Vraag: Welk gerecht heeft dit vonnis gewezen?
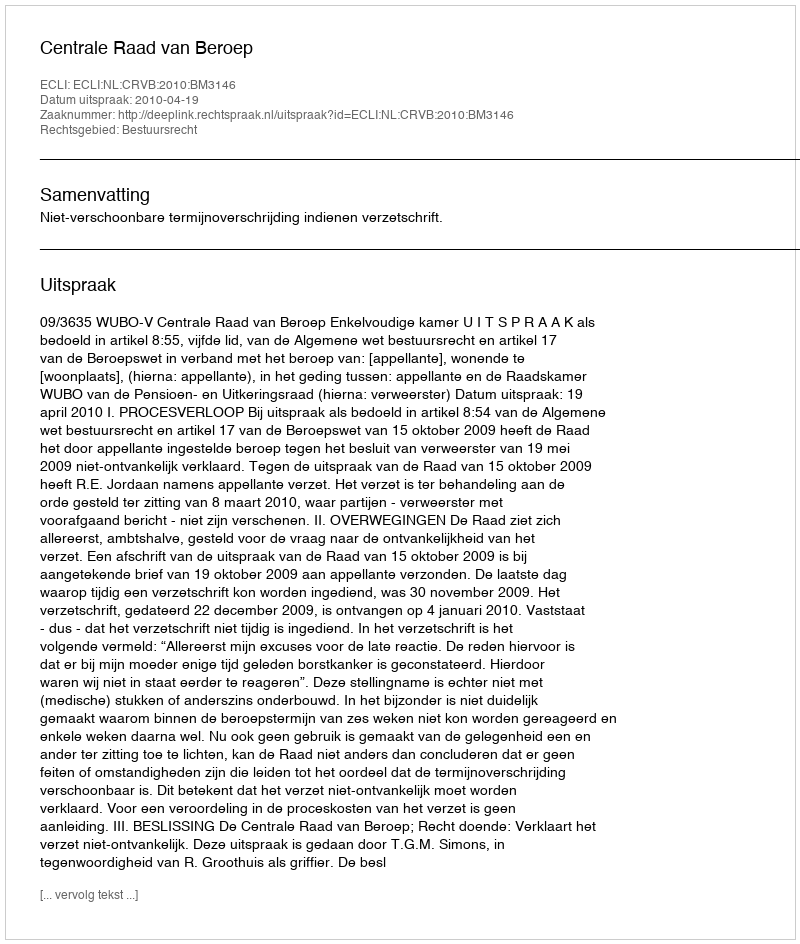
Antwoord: Centrale Raad van Beroep